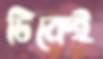
টিকেই